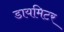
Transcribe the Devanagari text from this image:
डायमिटर